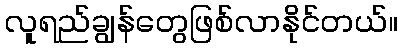
လူရည်ချွန်တွေဖြစ်လာနိုင်တယ်။